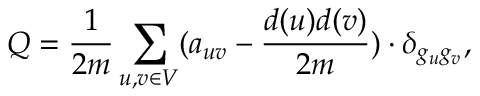
Q = \frac { 1 } { 2 m } \sum _ { u , v \in V } ( a _ { u v } - \frac { d ( u ) d ( v ) } { 2 m } ) \cdot \delta _ { g _ { u } g _ { v } } ,